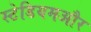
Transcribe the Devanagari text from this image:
स्टेडियमऔर